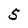
Character: 5